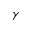
\gamma